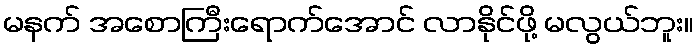
မနက် အစောကြီးရောက်အောင် လာနိုင်ဖို့ မလွယ်ဘူး။